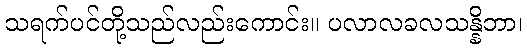
သရက်ပင်တို့သည်လည်းကောင်း။ ပလာလခလသန္နိဘာ၊